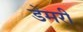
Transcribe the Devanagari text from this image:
डेमरी